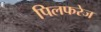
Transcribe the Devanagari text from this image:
पिलफरेज